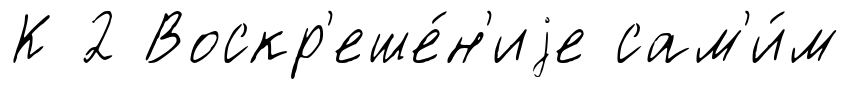
К 2 Воскр'еше́н'иjе сам'и́м